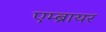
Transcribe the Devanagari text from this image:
एम्ब्रायर